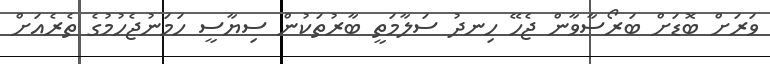
ވަރަށް ބޮޑަށް ބަރޯސާވާން ޖެހޭ ހިނދު ސަލާމަތީ ބާރުތަކުން ސިޔާސީ ހަމަނުޖެހުމުގެ ތެރެއަށް